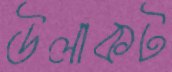
উলাকট